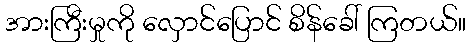
အားကြီးမှုကို လှောင်ပြောင် စိန်ခေါ် ကြတယ်။